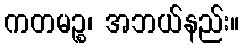
ကတမဉ္စ၊ အဘယ်နည်း။